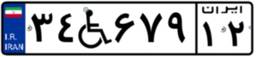
۳۴W۶۷۹۱۲